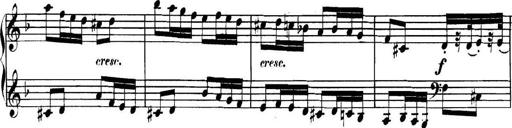
Title: Collected Piano Sonatas
Composer: Muzio Clementi